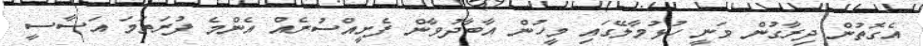
އެގޮތުން ދިރާގުން ވަނީ ހުޅުމާލޭގައި މީހުން އާބާދުވާން ފެށީއްސުރެއް އެންމެ ފުރަތަމަ އަސާސީ